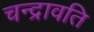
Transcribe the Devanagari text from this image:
चन्द्रावति